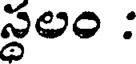
స్థలం :